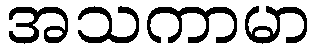
အသကာမာ